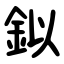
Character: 鉯